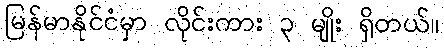
မြန်မာနိုင်ငံမှာ လိုင်းကား ၃ မျိုး ရှိတယ်။